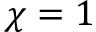
\chi = 1